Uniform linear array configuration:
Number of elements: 24
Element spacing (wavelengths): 0.75
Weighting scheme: exponential
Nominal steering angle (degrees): -15
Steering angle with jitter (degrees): -16.391
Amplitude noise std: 0.05
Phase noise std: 0.05

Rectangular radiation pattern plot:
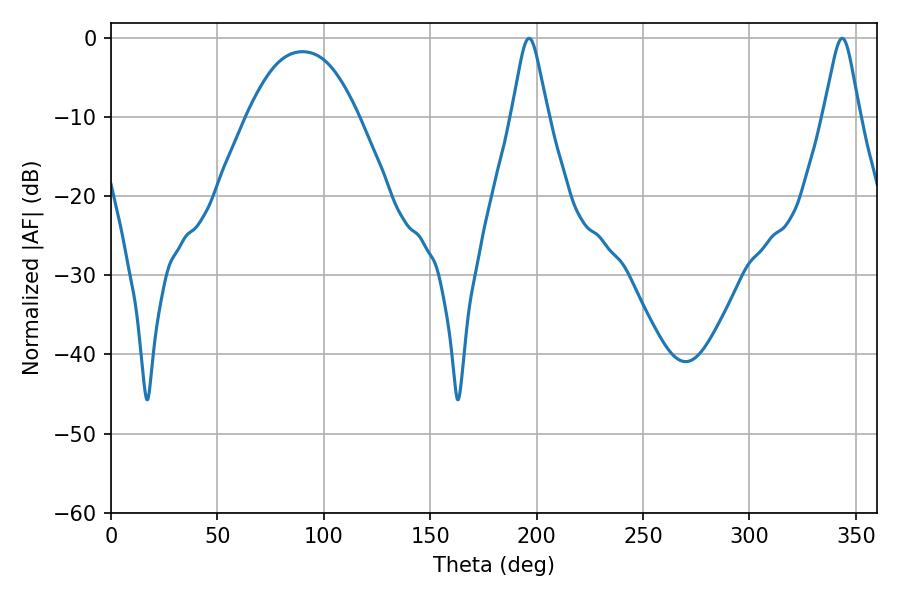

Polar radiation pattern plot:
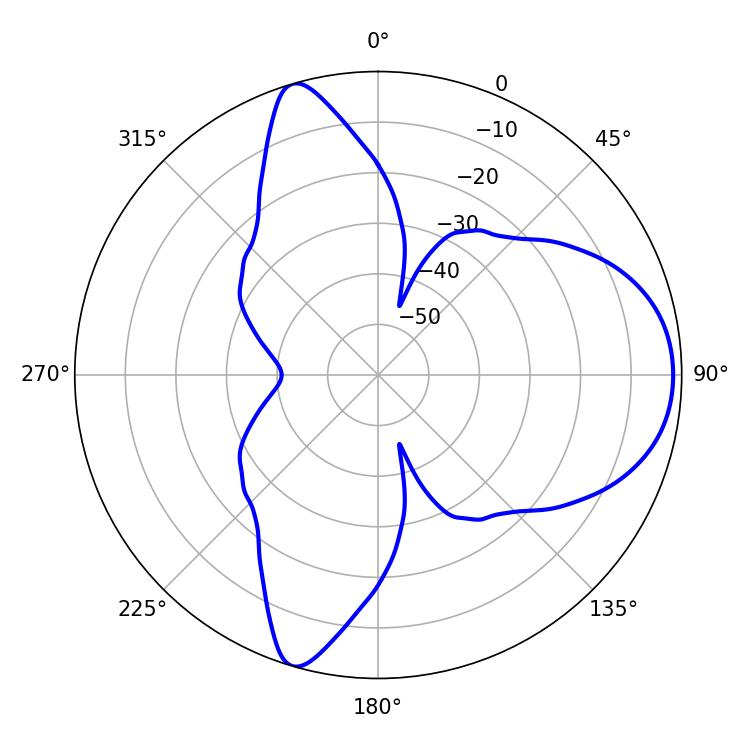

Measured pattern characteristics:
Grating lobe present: TRUE
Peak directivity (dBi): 8.19
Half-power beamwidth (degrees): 8.1
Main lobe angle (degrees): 196.38